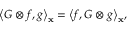
{ \left\langle { G \otimes f , g } \right\rangle _ { \bf { x } } } = { \left\langle { f , G \otimes g } \right\rangle _ { \bf { x } } } ,